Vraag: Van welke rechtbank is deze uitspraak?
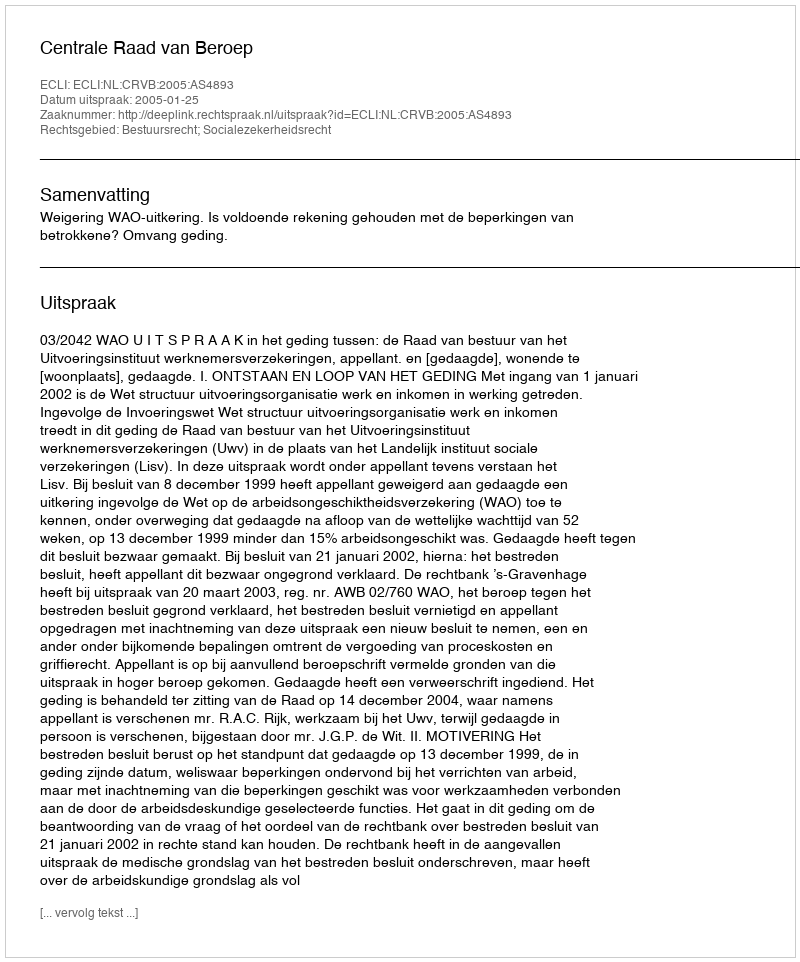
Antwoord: Centrale Raad van Beroep